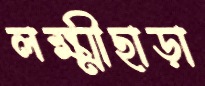
লক্ষ্মীছাড়া